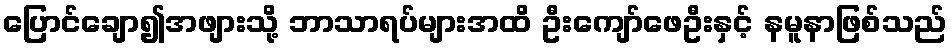
ပြောင်ချော၍အဖျားသို့ ဘာသာရပ်များအထိ ဦးကျော်ဖေဦးနှင့် နမူနာဖြစ်သည်